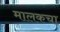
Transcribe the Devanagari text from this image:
मालकचा